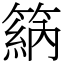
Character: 䈫